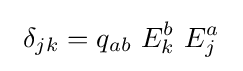
\ \delta _{jk}=q_{ab}\ E_{k}^{b}\ E_{j}^{a}\